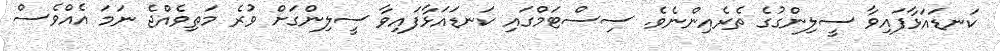
ކަނޑައަޅާފައިވާ ސީލިންގުގެ ތެރެއިންނެވެ. ސިސްޓަމްގައި ކަނޑައަޅާފައިވާ ސީލިންގަށް ވުރެ މަތިވެއްޖެ ނަމަ އެއްވެސް